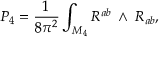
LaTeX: P _ { 4 } = \frac { 1 } { 8 \pi ^ { 2 } } \int _ { M _ { 4 } } R ^ { a b } { \mathrm { \tiny ~ \wedge ~ } } R _ { a b } ,